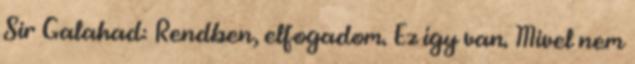
Sir Galahad: Rendben, elfogadom. Ez így van. Mivel nem